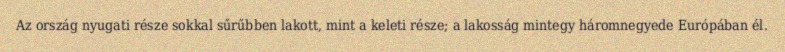
Az ország nyugati része sokkal sűrűbben lakott, mint a keleti része; a lakosság mintegy háromnegyede Európában él.